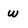
Character: w